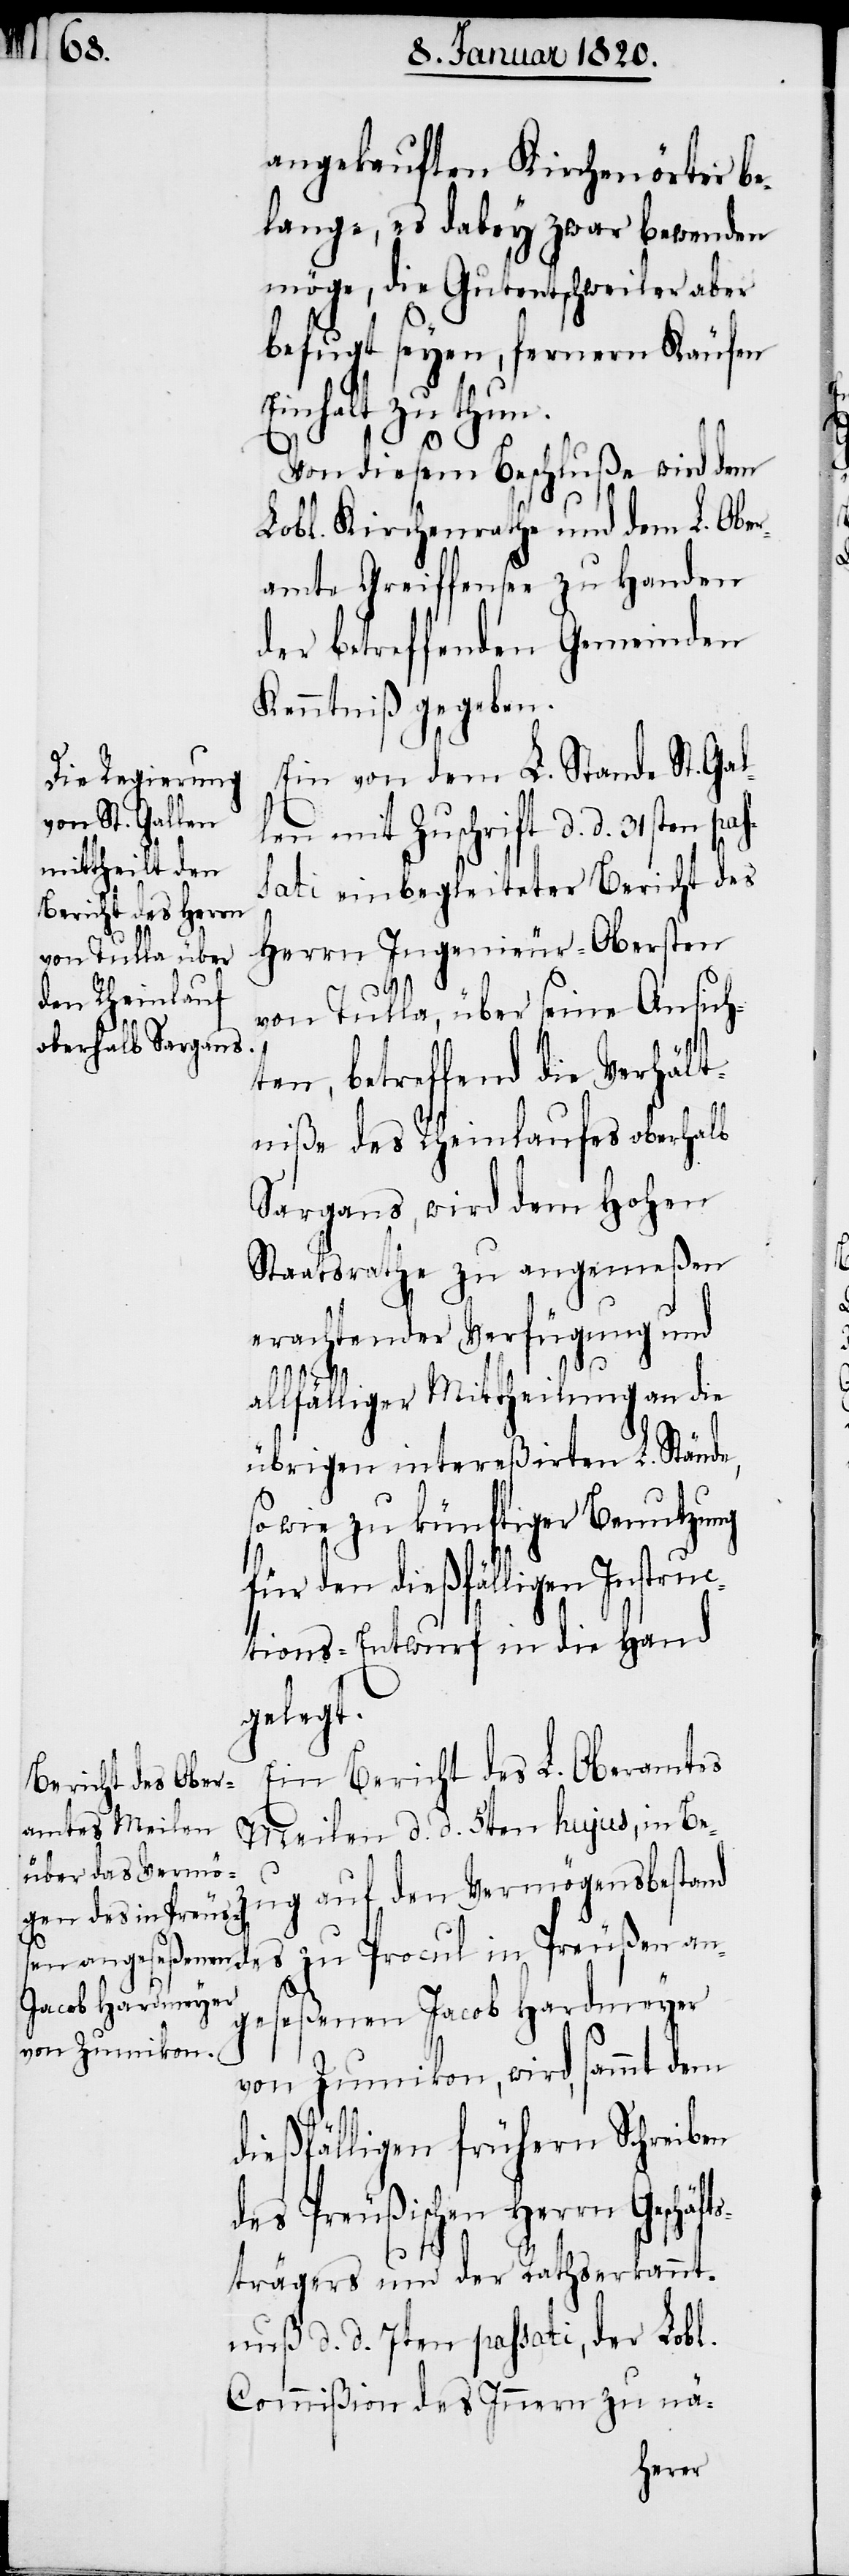
angekauften Kirchenörter be¬
lange, es dabey zwar bewenden
möge, die Gutentschweiler aber
befugt seyen, fernern Käufen
Einhalt zu thun.
Von diesem Beschluße wird dem
Lobl. Kirchenrathe und dem L. Obe¬
ramte Greiffensee zu Handen
der betreffenden Gemeinden
Kenntniß gegeben.
Ein von dem L. Stande St. Gal¬
len mit Zuschrift d. d. 31sten
sati einbegleiteter Bericht des
Herrn Ingenieur-Obersten
von Tulla, über seine Ansich¬
ten, betreffend die Verhält¬
niße des Rheinlaufes oberhalb
Sargans, wird dem Hohen
Staatsrathe zu angemeßen
erachtender Verfügung und
pas¬
allfälliger Mittheilung an die
übrigen intereßirten L. Stände,
sowie zu künftiger Benutzung
den dießfälligen Instr¬
uctions-Entwurf in die Hand
gelegt.
Ein Bericht des L. Oberamtes
Meilen d. d. 5ten hujus, in Bez¬
ug auf den Vermögensbestan¬
d des zu Procul in Preußen an¬
geseßenen Jacob Hardmeyer
von Zumikon, wird, sammt dem
dießfälligen frühern Schreiben
des Preußischen Herrn Geschä¬
ftsträgers und der Rathserkannt¬
nuß d. d. 7ten passati, der Lobl.
Commißion des Innern zu nä-